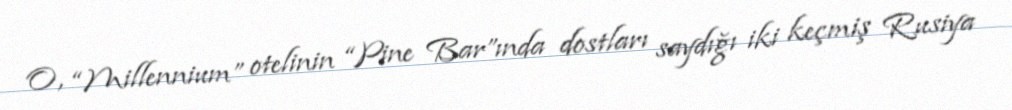
O, “Millennium” otelinin “Pine Bar”ında dostları saydığı iki keçmiş Rusiya